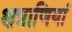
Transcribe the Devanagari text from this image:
क्षत्राणियां